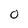
Character: 0